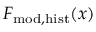
F _ { \mathrm { m o d , h i s t } } ( x )